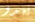
يبدو